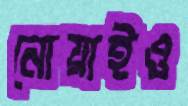
নোয়াইও